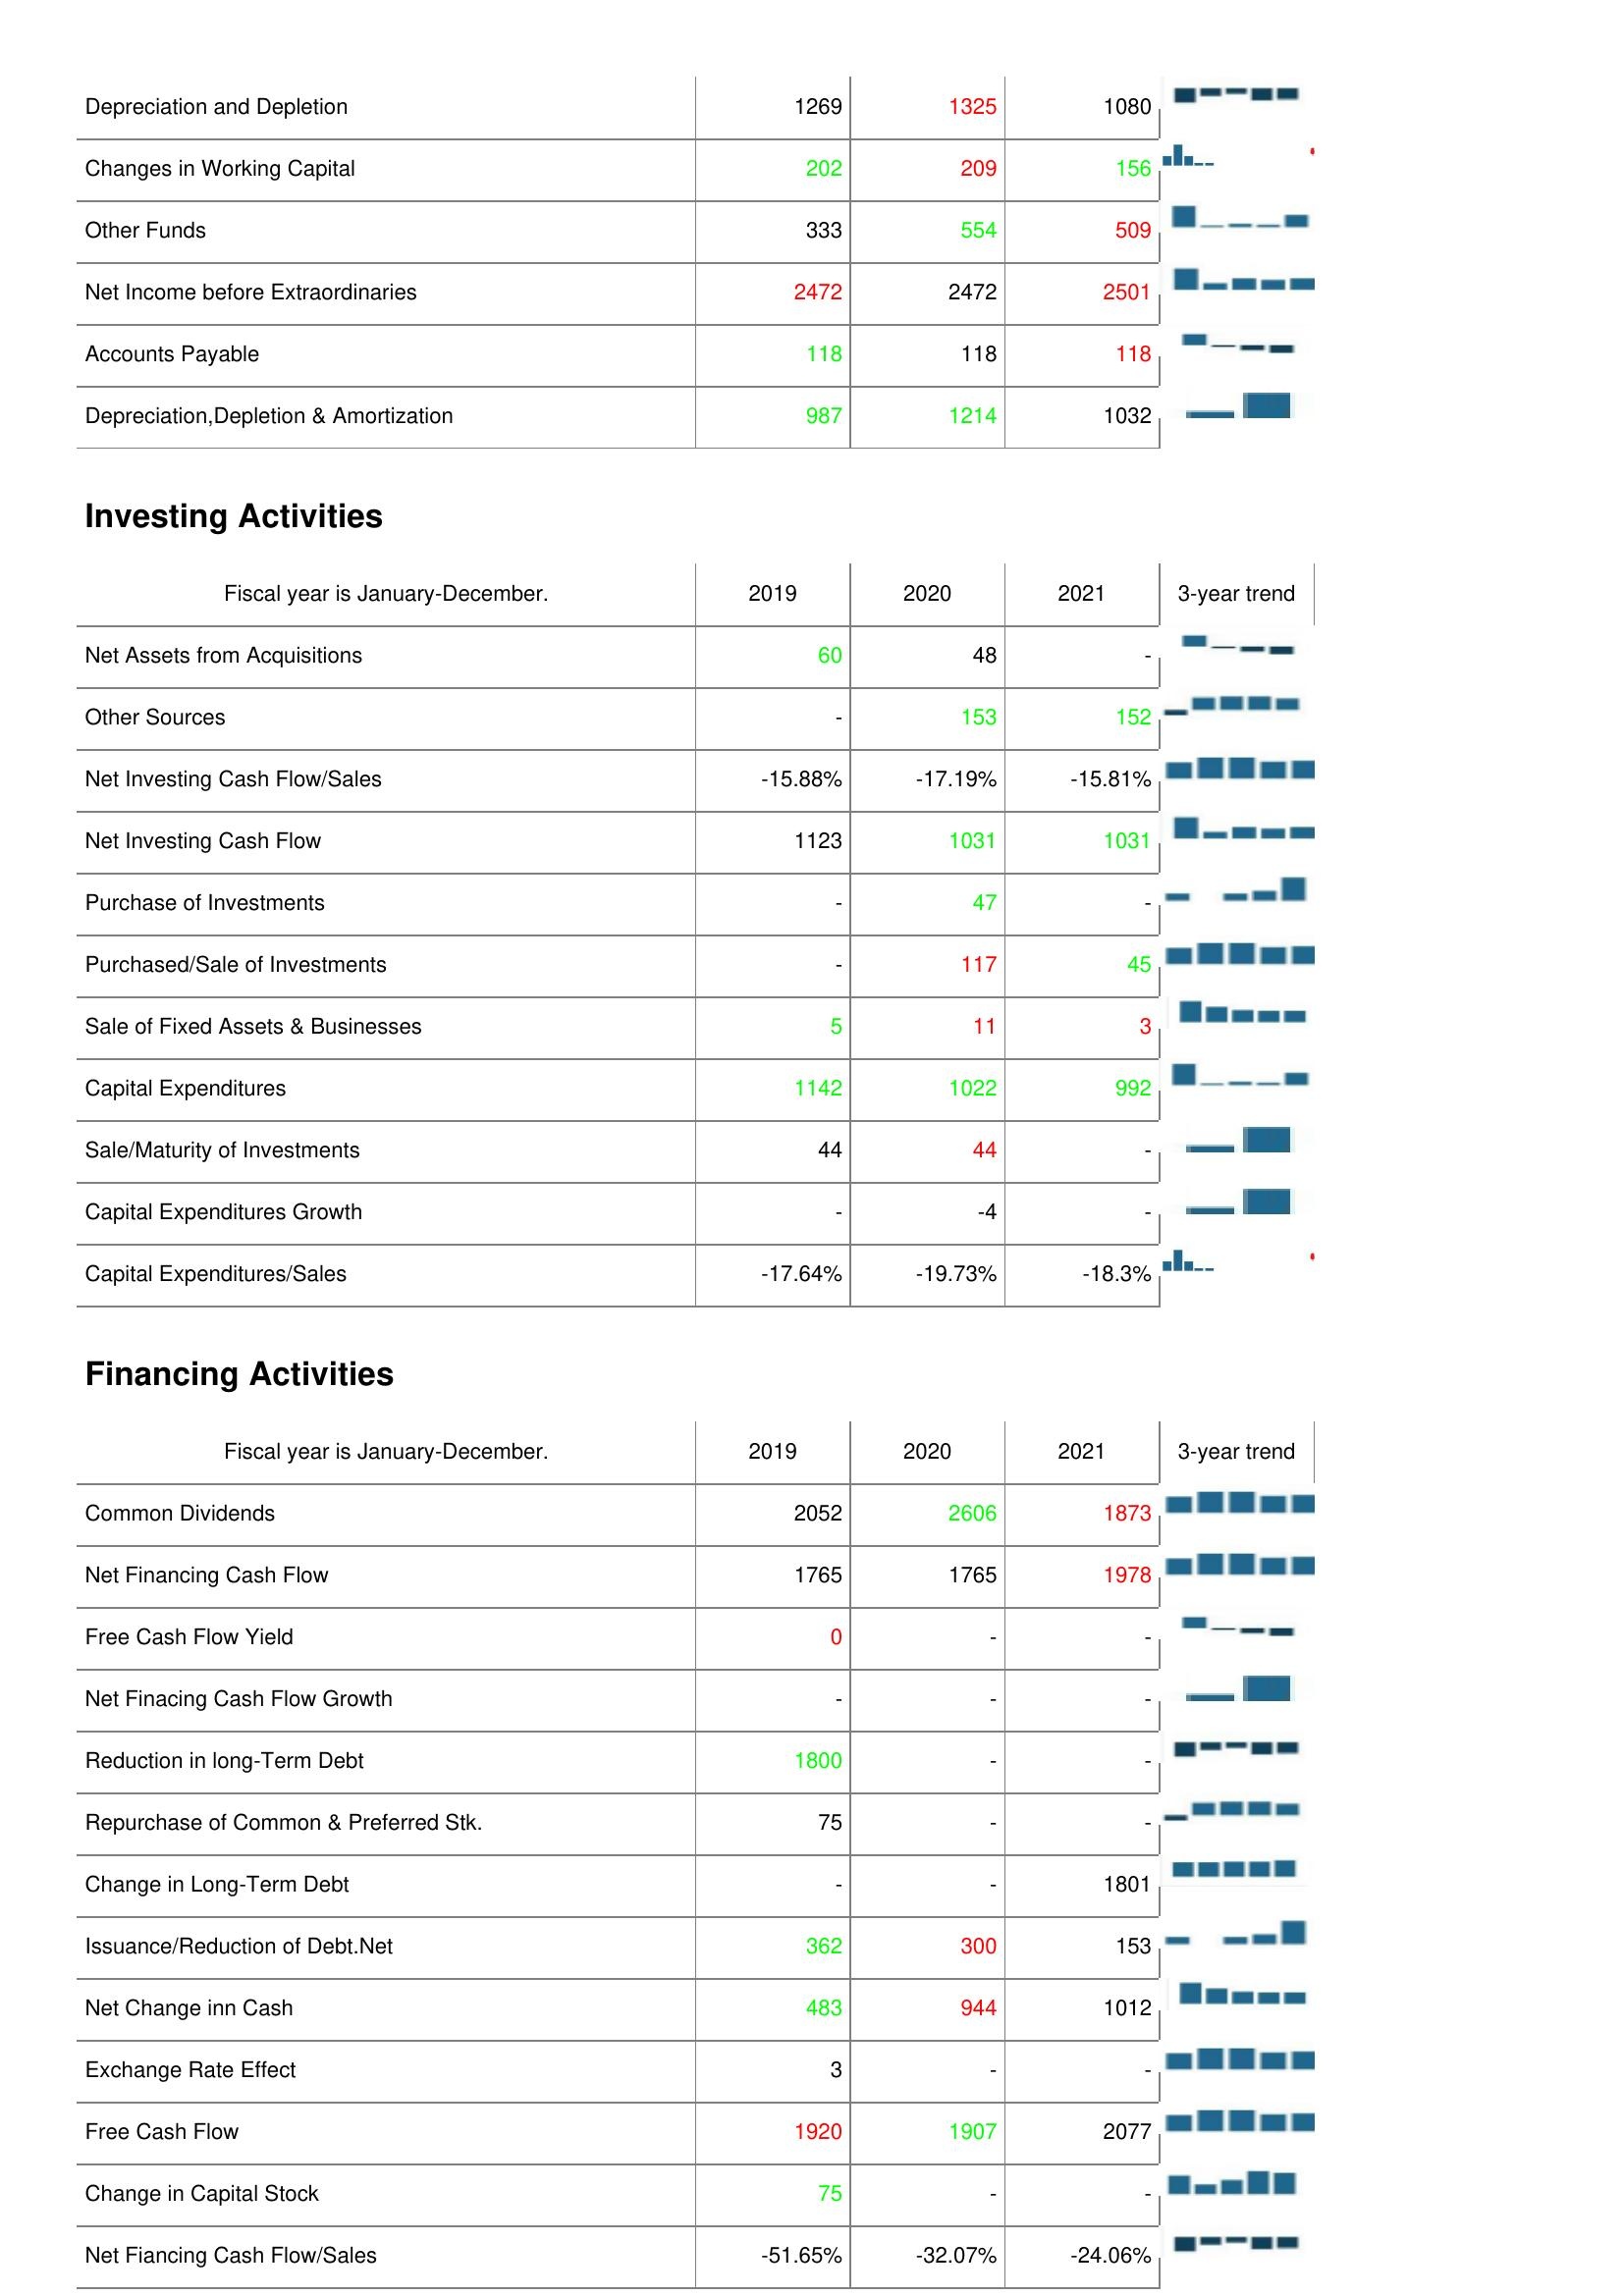
2019: Operating Activities: Depreciation and Depletion: 1269
Changes in Working Capital: 202
Other Funds: 333
Net Income before Extraordinaries: 2472
Accounts Payable: 118
Depreciation,Depletion & Amortization: 987
Investing Activities: Net Assets from Acquisitions: 60
Other Sources: -
Net Investing Cash Flow/Sales: -15.88%
Net Investing Cash Flow: 1123
Purchase of Investments: -
Purchased/Sale of Investments: -
Sale of Fixed Assets & Businesses: 5
Capital Expenditures: 1142
Sale/Maturity of Investments: 44
Capital Expenditures Growth: -
Capital Expenditures/Sales: -17.64%
Financing Activities: Common Dividends: 2052
Net Financing Cash Flow: 1765
Free Cash Flow Yield: 0
Net Finacing Cash Flow Growth: -
Reduction in long-Term Debt: 1800
Repurchase of Common & Preferred Stk.: 75
Change in Long-Term Debt: -
Issuance/Reduction of Debt.Net: 362
Net Change inn Cash: 483
Exchange Rate Effect: 3
Free Cash Flow: 1920
Change in Capital Stock: 75
Net Fiancing Cash Flow/Sales: -51.65%
2020: Operating Activities: Depreciation and Depletion: 1325
Changes in Working Capital: 209
Other Funds: 554
Net Income before Extraordinaries: 2472
Accounts Payable: 118
Depreciation,Depletion & Amortization: 1214
Investing Activities: Net Assets from Acquisitions: 48
Other Sources: 153
Net Investing Cash Flow/Sales: -17.19%
Net Investing Cash Flow: 1031
Purchase of Investments: 47
Purchased/Sale of Investments: 117
Sale of Fixed Assets & Businesses: 11
Capital Expenditures: 1022
Sale/Maturity of Investments: 44
Capital Expenditures Growth: -4
Capital Expenditures/Sales: -19.73%
Financing Activities: Common Dividends: 2606
Net Financing Cash Flow: 1765
Free Cash Flow Yield: -
Net Finacing Cash Flow Growth: -
Reduction in long-Term Debt: -
Repurchase of Common & Preferred Stk.: -
Change in Long-Term Debt: -
Issuance/Reduction of Debt.Net: 300
Net Change inn Cash: 944
Exchange Rate Effect: -
Free Cash Flow: 1907
Change in Capital Stock: -
Net Fiancing Cash Flow/Sales: -32.07%
2021: Operating Activities: Depreciation and Depletion: 1080
Changes in Working Capital: 156
Other Funds: 509
Net Income before Extraordinaries: 2501
Accounts Payable: 118
Depreciation,Depletion & Amortization: 1032
Investing Activities: Net Assets from Acquisitions: -
Other Sources: 152
Net Investing Cash Flow/Sales: -15.81%
Net Investing Cash Flow: 1031
Purchase of Investments: -
Purchased/Sale of Investments: 45
Sale of Fixed Assets & Businesses: 3
Capital Expenditures: 992
Sale/Maturity of Investments: -
Capital Expenditures Growth: -
Capital Expenditures/Sales: -18.3%
Financing Activities: Common Dividends: 1873
Net Financing Cash Flow: 1978
Free Cash Flow Yield: -
Net Finacing Cash Flow Growth: -
Reduction in long-Term Debt: -
Repurchase of Common & Preferred Stk.: -
Change in Long-Term Debt: 1801
Issuance/Reduction of Debt.Net: 153
Net Change inn Cash: 1012
Exchange Rate Effect: -
Free Cash Flow: 2077
Change in Capital Stock: -
Net Fiancing Cash Flow/Sales: -24.06%